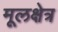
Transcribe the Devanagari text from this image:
मूलक्षेत्र